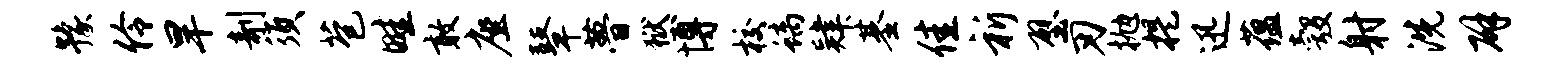
豫伶旱剞须苞畦敢座鼙瞢狱博校螭肄基佳祈壁刃抛提迅蕴彀射洗辟